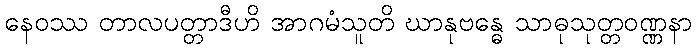
နေဝဿ တာလပတ္တာဒီဟိ အာဂမံသူတိ ဃာနုဗန္ဓေ သာဓုသုတ္တဝဏ္ဏနာ